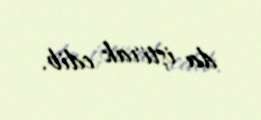
da iştirak edib.